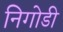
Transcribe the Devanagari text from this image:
निगोडी